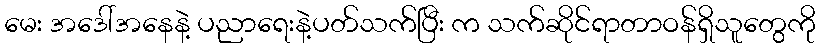
မေး အဒေါ်အနေနဲ့ ပညာရေးနဲ့ပတ်သက်ပြီး က သက်ဆိုင်ရာတာဝန်ရှိသူတွေကို